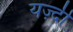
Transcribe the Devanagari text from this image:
यज़्दी